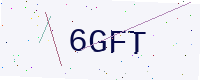
Text: 6GFT